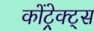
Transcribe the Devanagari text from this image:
कोंट्रेक्ट्स